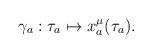
LaTeX: \begin{align*}\gamma _a:\tau _a\mapsto x_a^{\mu}(\tau _{a}).\end{align*}